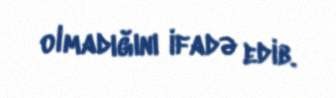
olmadığını ifadə edib.